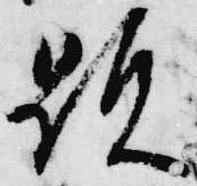
顕